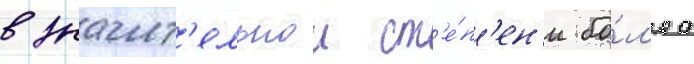
в значит'ельнои ст'е́п'ен'и бо́л'ее